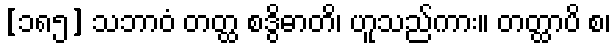
[၁၈၅] သဘာဝံ တတ္ထ စဒွိဓာတိ၊ ဟူသည်ကား။ တတ္ထာပိ စ၊